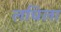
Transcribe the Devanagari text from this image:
लचिला